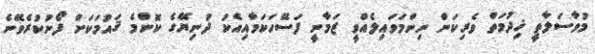
މުވާސަލާތީ ޚިދުމަތް ވެރިކަން ނިންމަވައިލެއްވީ ޒަމާނީ ފަސޭހަކަމާއިއެކު ދުނިޔޭގެ ކޮންމެ ޤައުމަކަށް ފޯނުކުރެވޭނެ